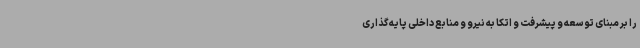
را بر مبنای توسعه و پیشرفت و اتکا به نیرو و منابع داخلی پایه‌گذاری